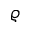
\varrho